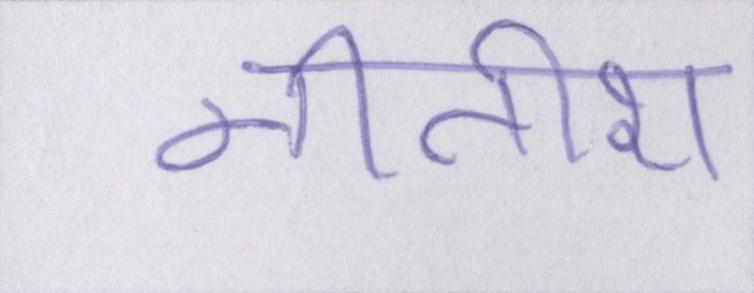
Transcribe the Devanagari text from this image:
नीतीश